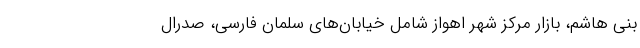
بنی هاشم، بازار مرکز شهر اهواز شامل خیابان‌های سلمان فارسی، صدرال